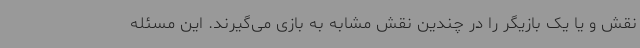
نقش و یا یک بازیگر را در چندین نقش مشابه به بازی می‌گیرند. این مسئله